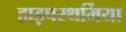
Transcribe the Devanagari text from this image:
हाइपरथर्मिया